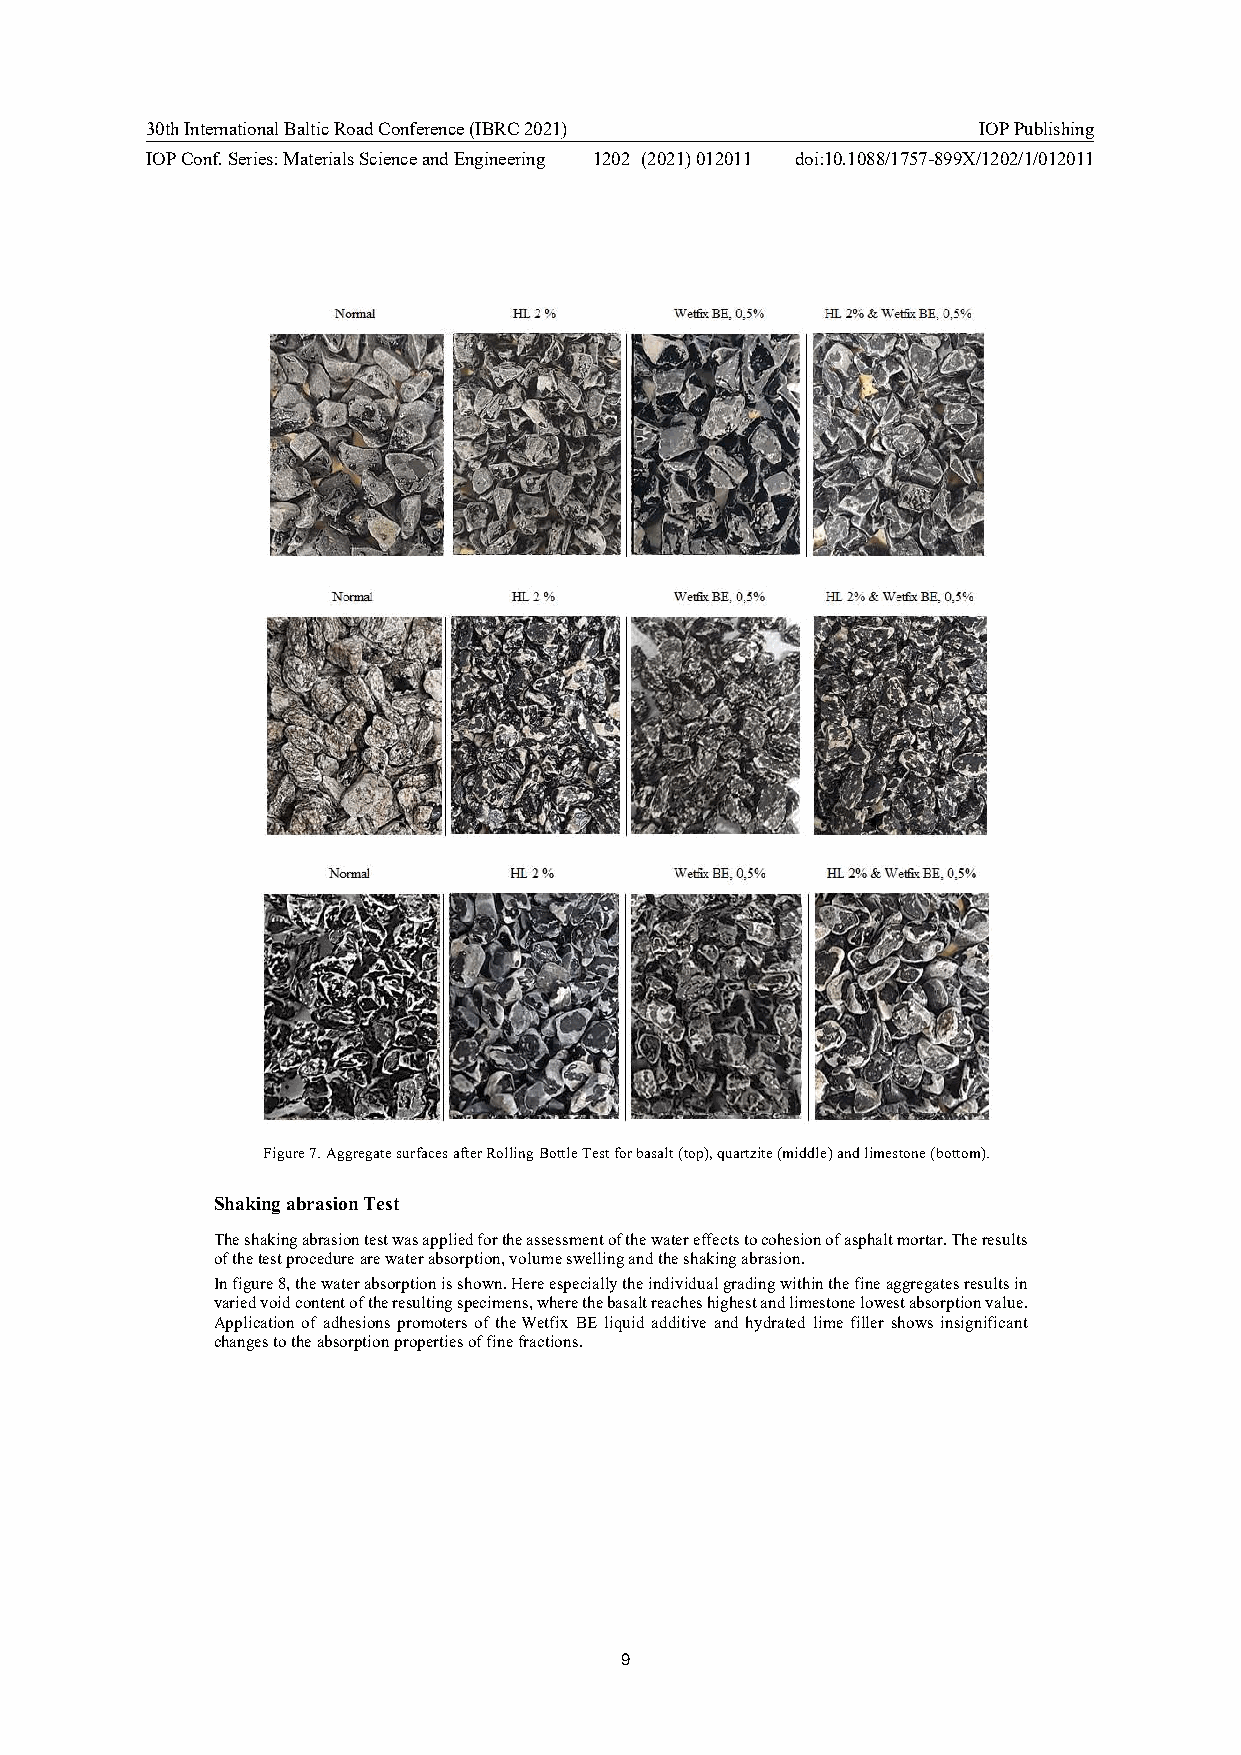
30th International Baltic Road Conference (IBRC 2021)  IOP Publishing
 IOP Conf. Series: Materials Science and Engineering 1202 (2021) 012011 doi:10.1088/1757-899X/1202/1/012011
 Figure 7. Aggregate surfaces after Rolling Bottle Test for basalt (top), quartzite (middle) and limestone (bottom).
 Shaking abrasion Test
 The shaking abrasion test was applied for the assessment of the water effects to cohesion of asphalt mortar. The results
 of the test procedure are water absorption, volume swelling and the shaking abrasion.
 In figure 8, the water absorption is shown. Here especially the individual grading within the fine aggregates results in
 varied void content of the resulting specimens, where the basalt reaches highest and limestone lowest absorption value.
 Application of adhesions promoters of the Wetfix BE liquid additive and hydrated lime filler shows insignificant
 changes to the absorption properties of fine fractions.
 9